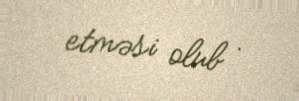
etməsi olub .